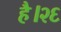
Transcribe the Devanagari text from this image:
है।२६